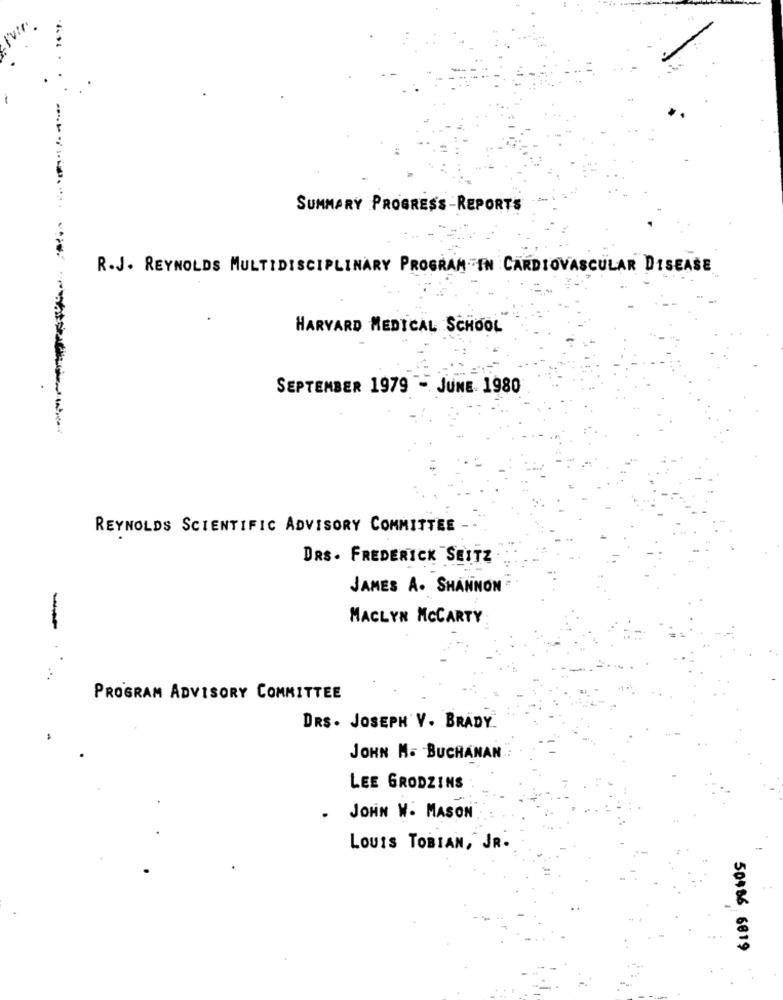
SUMMARY PROGRESS-REPORTS
R.J. REYNOLDS MULTIDISCIPLINARY PROGRAM EN CARDIOVASCULAR DISEASE
HARVARD MEDICAL SCHOOL
SEPTEMBER 1979 - JUNE 1980
REYNOLDS SCIENTIFIC ADVISORY COMMITTEE -
DRS. FREDERICK SEITZ
JAMES A. SHANNON
MACLYN MCCARTY
-
PROGRAM ADVISORY COMMITTEE
DRS. JOSEPH V. BRADY.
JOHN M. BUCHANAN
LEE GRODZINS
.
JOHN W. MASON
LOUIS TOBIAN, JR.
50486 6819